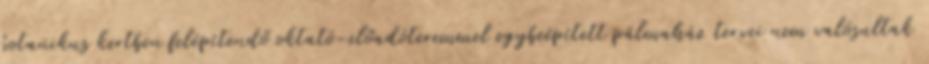
botanikus kertben felépítendő oktató-előadóteremmel egybeépített pálmaház tervei nem valósultak